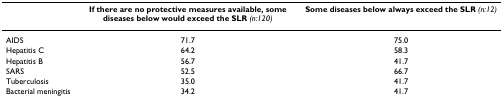
|  | If there are no protective measures available, some diseases below would exceed the SLR (n:120) | Some diseases below always exceed the SLR (n:12) |
 | --- | --- | --- |
 | AIDS | 71.7 | 75.0 |
 | Hepatitis C | 64.2 | 58.3 |
 | Hepatitis B | 56.7 | 41.7 |
 | SARS | 52.5 | 66.7 |
 | Tuberculosis | 35.0 | 41.7 |
 | Bacterial meningitis | 34.2 | 41.7 |